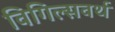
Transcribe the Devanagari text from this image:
विगिल्सवर्थ